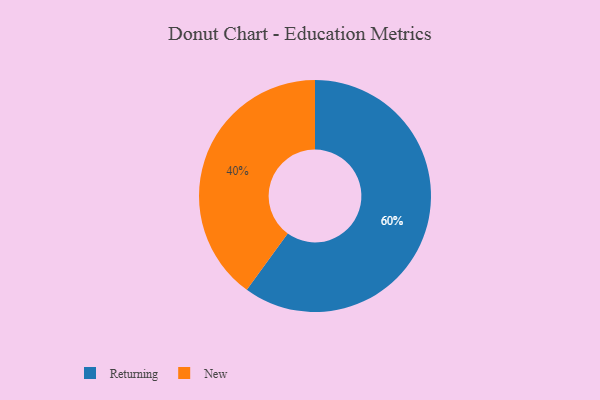
{"axis": {"x": "Category", "y": "Percentage"}, "legend": ["New", "Returning"], "data": [{"x": "Returning", "y": 60, "type": "Returning"}, {"x": "New", "y": 40, "type": "New"}]}